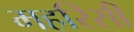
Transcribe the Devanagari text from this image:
महरिसी